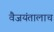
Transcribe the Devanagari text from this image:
वैजयंतालाच